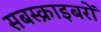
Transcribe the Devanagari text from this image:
सबस्क्राइबरों